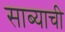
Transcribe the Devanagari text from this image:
साब्याची